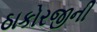
ઠાકોરજીની